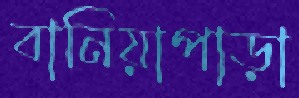
বানিয়াপাড়া